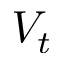
V _ { t }